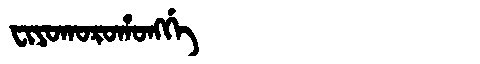
Manchu: ᠸᡳᠶᠣᡴᠣᡵᠣᡥᠣᠩᡤᡝ
Romanization: FIYOKOROHONGGE